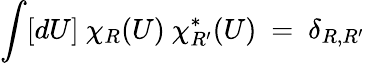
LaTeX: \int[dU]~\chi_{R}(U)~\chi_{R^{\prime}}^{*}(U)~=~\delta_{R,R^{\prime}}